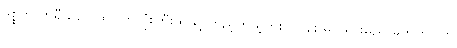
ဒစ္စကာဗာရီသည် ထိုဂြိုဟ်လုံးကြီးထဲသို့ တည့်တည့်တိုးဝင် နစ်မြုပ်သွားမည် မဟုတ်ပါဟု